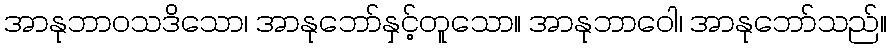
အာနုဘာဝသဒိသော၊ အာနုဘော်နှင့်တူသော။ အာနုဘာဝေါ၊ အာနုဘော်သည်။